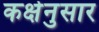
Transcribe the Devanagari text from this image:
कक्षेनुसार